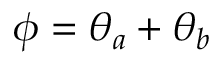
\phi = \theta _ { a } + \theta _ { b }